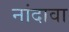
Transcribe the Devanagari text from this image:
नांदावा